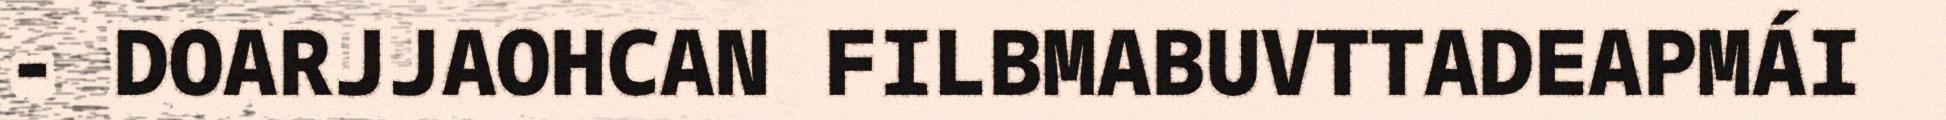
- DOARJJAOHCAN FILBMABUVTTADEAPMÁI